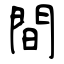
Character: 間